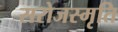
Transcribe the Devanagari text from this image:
सरोजस्मृति